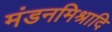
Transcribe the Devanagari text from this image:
मंडनमिश्रादि